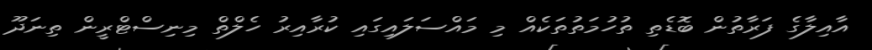
އާއިލާގެ ފަރާތުން ބޮޑެތި ތުހުމަތުތަކެއް މި މައްސަލައިގައި ކުރާއިރު ހެލްތް މިނިސްޓްރީން ތިނަދޫ